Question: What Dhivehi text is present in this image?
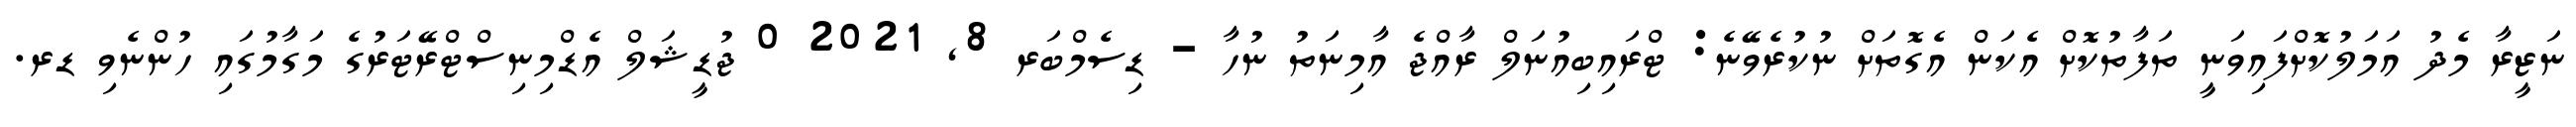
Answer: ނަޒީރާ މެދު އަމަލުކޮށްފައިވަނީ ތަފާތުކޮށް އެކަން އެގޮތަށް ނުކުރެވޭނެ: ޓްރައިބިއުނަލް ރާއްޖެ އާމިނަތު ނުހާ - ޑިސެމްބަރ 8, 2021 0 ޖުޑީޝަލް އެޑްމިނިސްޓްރޭޓަރުގެ މަގާމުގައި ހުންނެވި ޑރ.